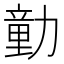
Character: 勭